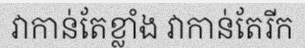
វាកាន់តែខ្លាំង វាកាន់តែរីក